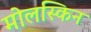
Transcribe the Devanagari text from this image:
मोलस्किन